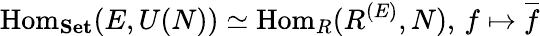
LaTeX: \operatorname{Hom}_{\textbf{Set}}(E,U(N))\simeq\operatorname{Hom}_{R}(R^{(E)},N),\, f\mapsto{\overline{{f}}}